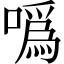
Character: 噅